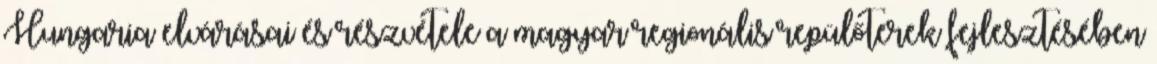
Hungaria elvárásai és részvétele a magyar regionális repülőterek fejlesztésében